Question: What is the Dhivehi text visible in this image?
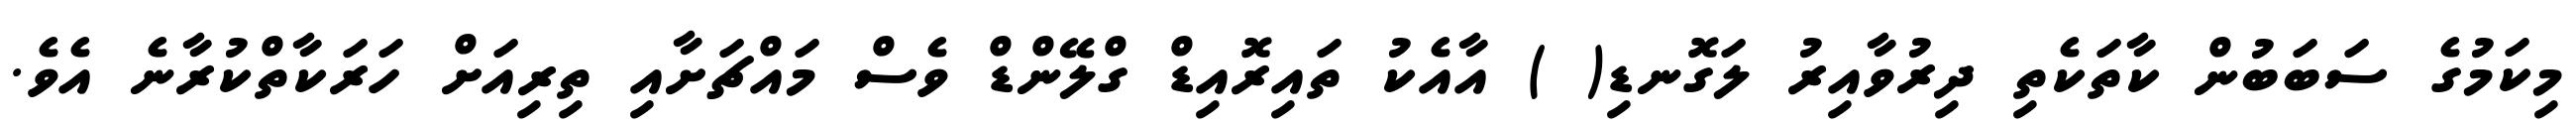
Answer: މިކަމުގެ ސަބަބުން ކާތަކެތި ދިރުވާއިރު ލަގޮނޑި( ) އާއެކު ތައިރޮއިޑް ގްލޭންޑް ވެސް މައްޗަށާއި ތިރިއަށް ހަރަކާތްކުރާނެ އެވެ.